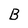
Character: B